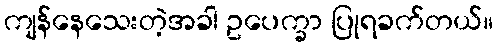
ကျန်နေသေးတဲ့အခါ ဥပေက္ခာ ပြုရခက်တယ်။